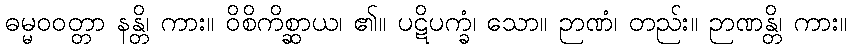
ဓမ္မဝဝတ္တာ နန္တိ၊ ကား။ ဝိစိကိစ္ဆာယ၊ ၏။ ပဋိပက္ခံ၊ သော။ ဉာဏံ၊ တည်း။ ဉာဏန္တိ၊ ကား။